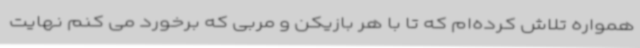
همواره تلاش کرده‌ام که تا با هر بازیکن و مربی که برخورد می کنم نهایت